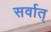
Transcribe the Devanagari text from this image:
सर्वात्